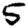
Digit: 5